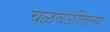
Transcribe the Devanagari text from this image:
चळवळींतल्या